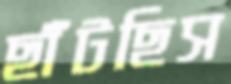
ছাঁটছিস